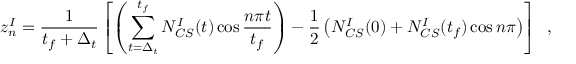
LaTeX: z _ { n } ^ { I } = \frac { 1 } { t _ { f } + \Delta _ { t } } \left[ \left( \sum _ { t = \Delta _ { t } } ^ { t _ { f } } N _ { C S } ^ { I } ( t ) \cos { \frac { n \pi t } { t _ { f } } } \right) - \frac { 1 } { 2 } \left( N _ { C S } ^ { I } ( 0 ) + N _ { C S } ^ { I } ( t _ { f } ) \cos { n \pi } \right) \right] \; \; ,